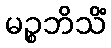
မဉ္စဘိသိံ